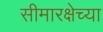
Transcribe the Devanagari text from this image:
सीमारक्षेच्या